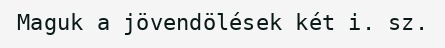
Maguk a jövendölések két i. sz.